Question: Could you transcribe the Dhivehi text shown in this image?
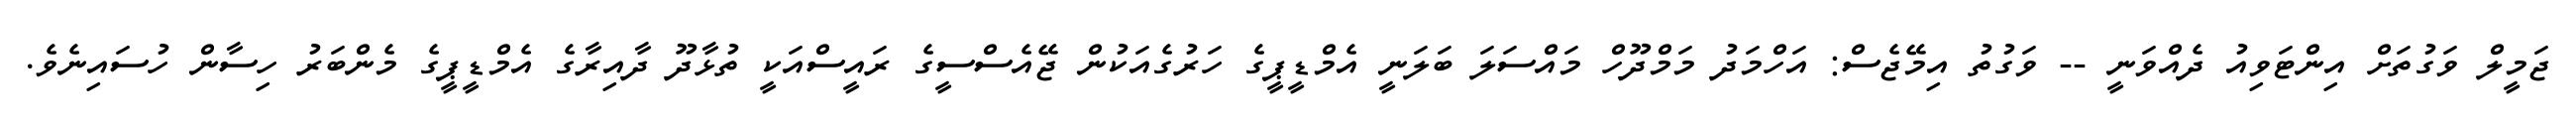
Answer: ޖަމީލް ވަގުތަށް އިންޓަވިއު ދެއްވަނީ -- ވަގުތު އިމޭޖެސް: އަހްމަދު މަމްދޫހް މައްސަލަ ބަލަނީ އެމްޑީޕީގެ ހަރުގެއަކުން ޖޭއެސްސީގެ ރައީސްއަކީ ތުޅާދޫ ދާއިރާގެ އެމްޑީޕީގެ މެންބަރު ހިސާން ހުސައިނެވެ.